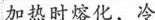
加热时熔化，冷